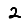
Digit: 2